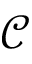
\mathcal { C }